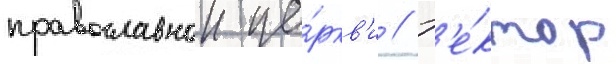
православнои це́ркв'и // Р'е́ктор